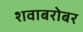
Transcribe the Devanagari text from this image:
शवाबरोबर